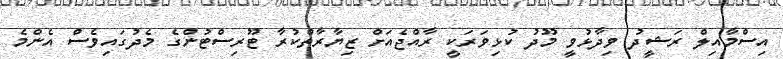
އިސްމާއިލް ރަޝީދު ވިދާޅުވީ މޫދު ކުޅިވަރަކީ ރާއްޖެއަށް ޒިޔާރާތްކުރާ ޓޫރިސްޓުންގެ މެދުގައިވެސް އެންމެ